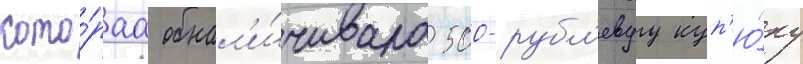
кото́раа обнал'и́чивала 500-рубл'евуу куп'ю́ру